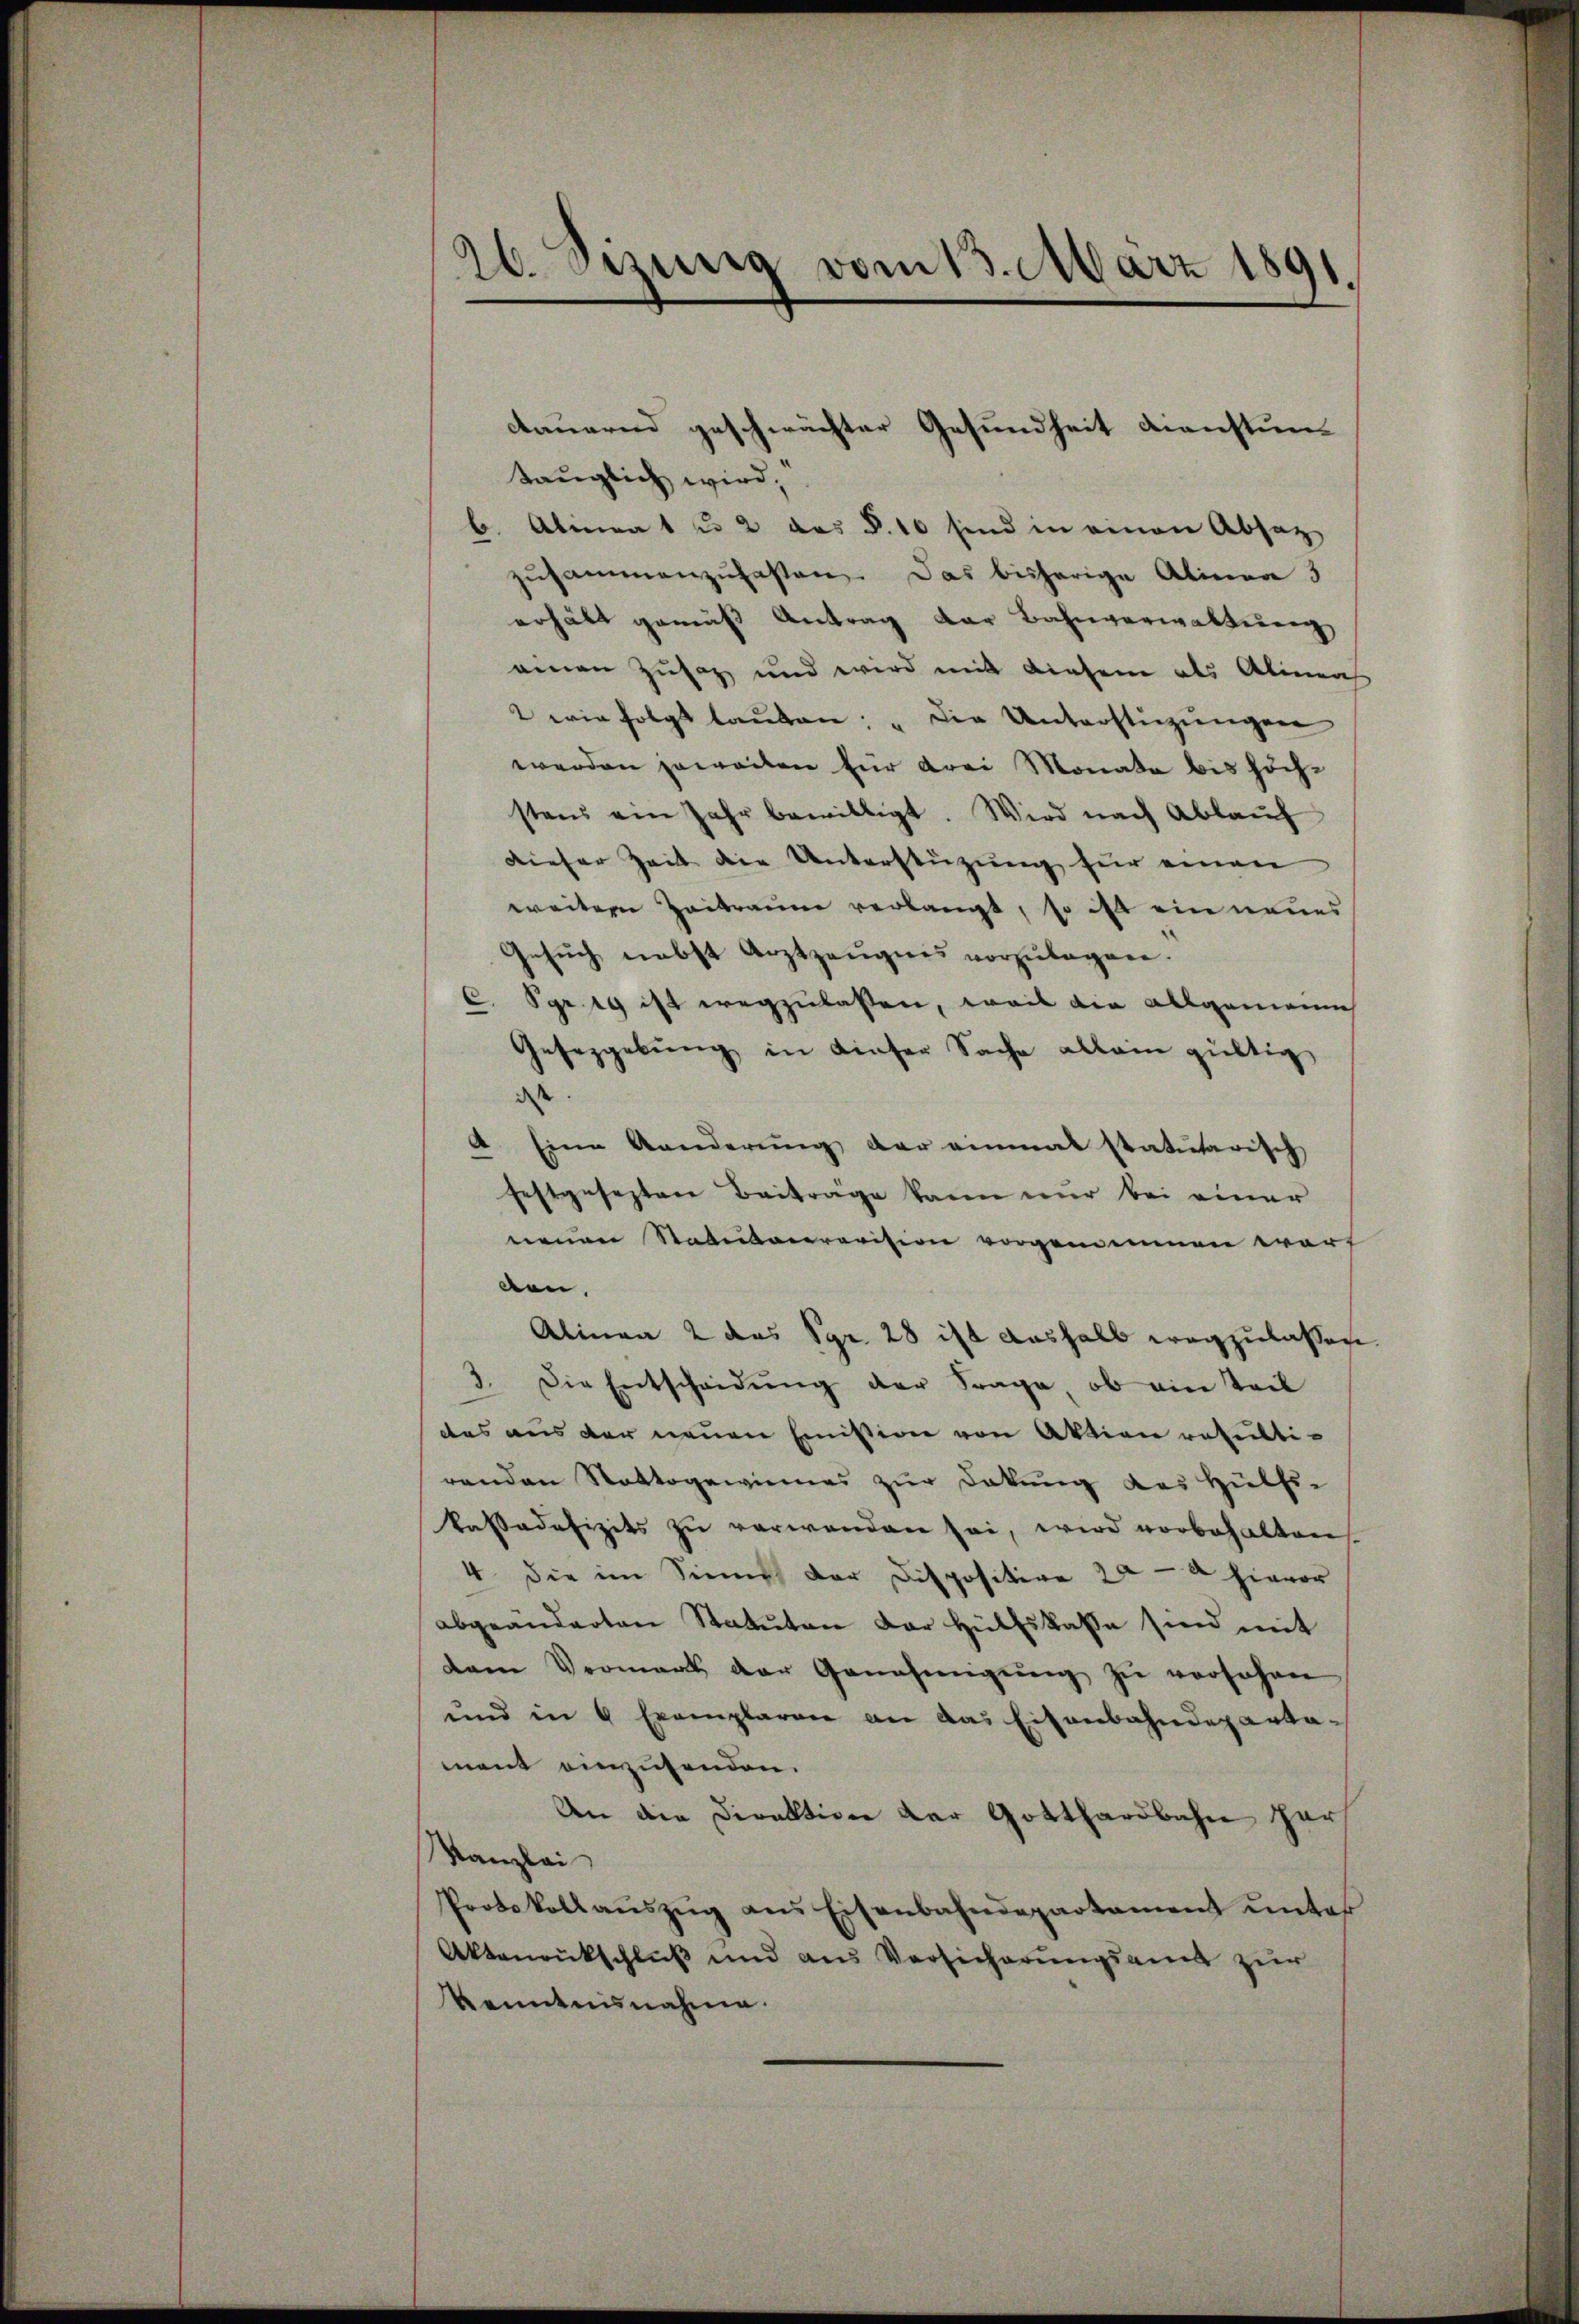
26. Sizung vom 13. März 1891.

tauglich wird,
b. Alinea 1 u. 2 des §. 10 sind in einen Absatz
zŭsammenzufassen. Das bisherige Alinea 3
erhält gemäß Antrag der Bahnverwaltung
einen Zusatz und wird mit diesene als Alinea
2 wie folgt lauten: „Die Unterstüzungen
werden jeweilen für drei Monate bis höchstens ein Jahr bewilligt. Wird nach Ablaŭf
dieser Zeit die Unterstützung für einen
weitere Zeitraume verlangt, so ist ein neues
Gesŭch nebst Arztzeŭgnis vorzulagen.
C. Sgr. 19 ist wegzulassen, weil die allgemeines
Gesetzgebung in dieser Sache allein gültig
dass
A. Eine Aenderung der einmal statutarisch
festgesezten Beiträge kann nur bei einer
neuen Statutarrevision vorgemeinnen warf
den.
Alinea 2 das Sgr. 28 ist aushalb wegzulassen.
3. Die Entscheidŭng der Frage, ob ein Teil
das aus der neuen Emission von Aktion resultirenden Stattgewinnes zur Dokung des Hülfs-
kassadefizits zu verwenden sei, wird vorbehalten
4. die im Sinne der Dispositive 20 -a hievor
abgeänderten Statuten der Hülfskasse sind mit
dem Vormerk der Genehmigŭng zŭ versehen
ŭnd in 4 Exemplaren an das Eisenbahndeparta-
ment einzusenden.
An die Direktion der Gotthardbahn her
Kanzlei
Protokollaŭszŭg ans Eisenbahndepartament ŭnter
Aktenrückschluß und aus Versicherungsamt zur
Kenntnisnahme.

dauernd geschwächter Gesundheit Dienstun¬